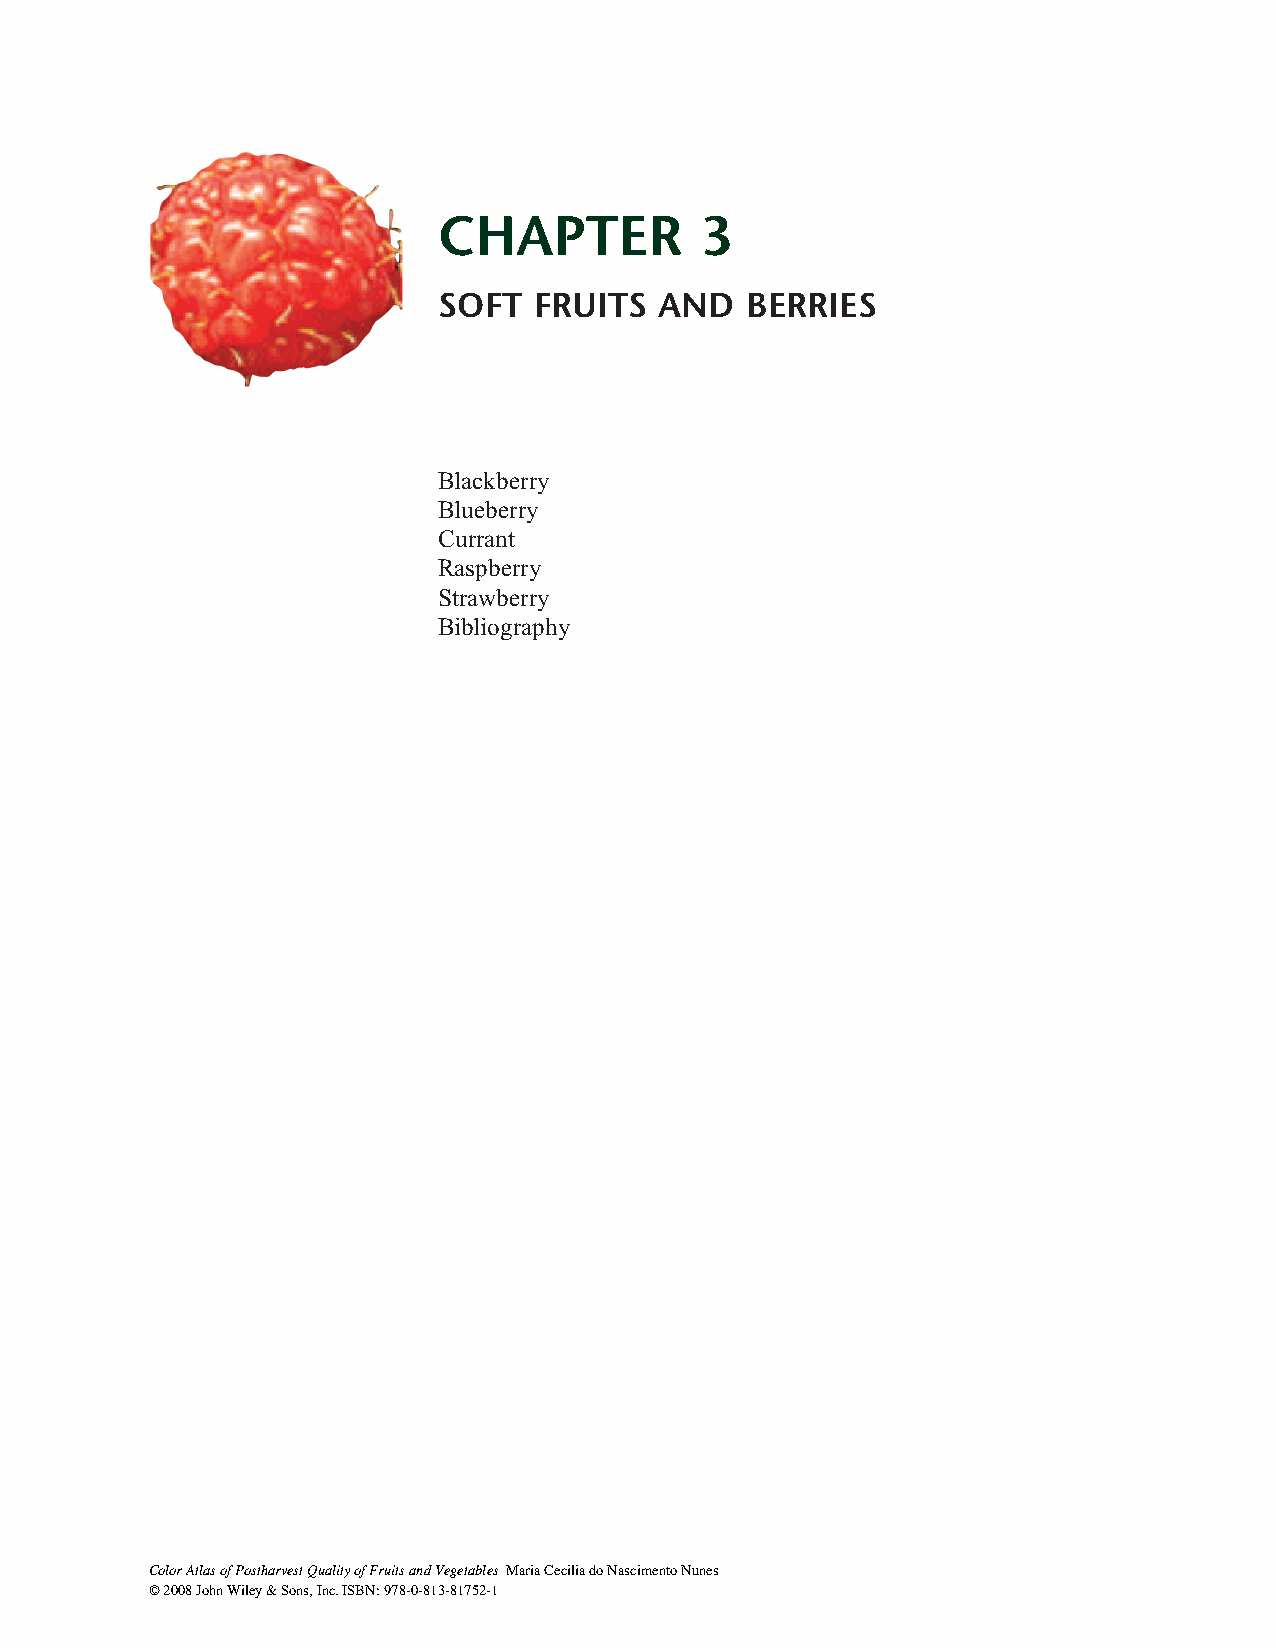
CHAPTER          3
 SOFT  FRUITS   AND  BERRIES
 Blackberry
 Blueberry
 Currant
 Raspberry
 Strawberry
 Bibliography
 Color Atlas of Postharvest Quality of Fruits and Vegetables Maria Cecilia do Nascimento Nunes
 © 2008 John Wiley & Sons, Inc. ISBN: 978-0-813-81752-1